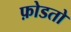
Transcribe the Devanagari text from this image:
फ़ोडतो